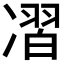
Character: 𰄊